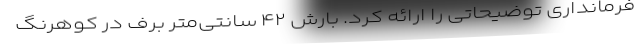
فرمانداری توضیحاتی را ارائه کرد. بارش ۴۲ سانتی‌متر برف در کوهرنگ